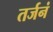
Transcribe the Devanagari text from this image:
तर्जनं